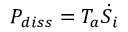
P _ { d i s s } = T _ { a } { \dot { S } } _ { i }